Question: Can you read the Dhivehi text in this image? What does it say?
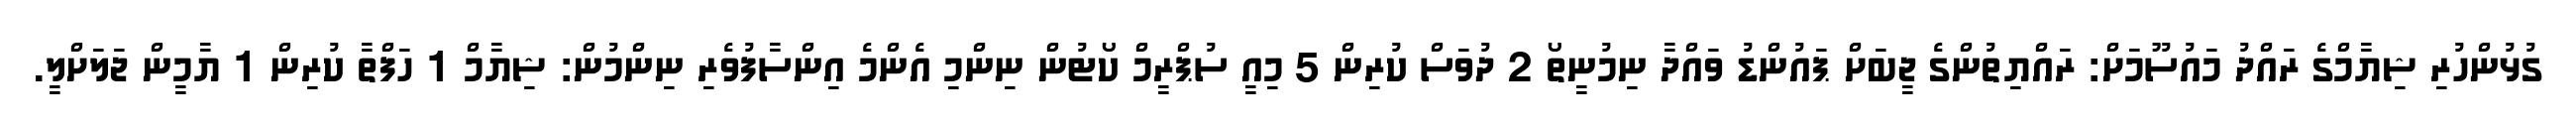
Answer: ގުޅުންހުރި ޝިޔާމްގެ ރައްދު މައުސޫމަށް: ރައްޔިތުންގެ ޖީބަށް ޕައުންޑު ވައްދާ ނިމުނީތޯ 2 ދުވަސް ކުރިން 5 މިއީ ސުޕްރީމް ކޯޓުން ނިންމި އެންމެ އިންސާފުވެރި ނިންމުން: ޝިޔާމް 1 ހަފްތާ ކުރިން 1 ޔާމީން ޖަލަށްލީ.